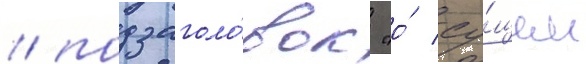
/ подзаголо́вок "о́ су́щем